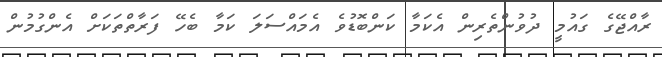
ރާއްޖޭގެ ގައުމީ ދުވުންތެރިން އެކަމާ ކަންބޮޑުވެ އެމައްސަލަ ކަމާ ބެހޭ ފަރާތްތަކަށް އެންގުމުން